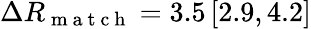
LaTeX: \Delta R_{\mathrm{~m~a~t~c~h~}}=3.5\, [2.9,4.2]